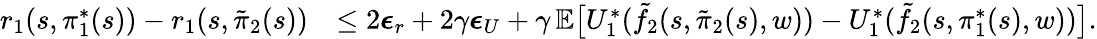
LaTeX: \begin{array}{rl}{r_{1}(s,\pi_{1}^{*}(s))-r_{1}(s,\tilde{\pi}_{2}(s))}&{\leq 2\boldsymbol{\epsilon}_{r}+2\gamma\boldsymbol{\epsilon}_{U}+\gamma\, \mathbb{E}\bigl[U_{1}^{*}(\tilde{f}_{2}(s,\tilde{\pi}_{2}(s),w))-U_{1}^{*}(\tilde{f}_{2}(s,\pi_{1}^{*}(s),w))\bigr].}\end{array}